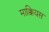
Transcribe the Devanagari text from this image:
माक्कियस